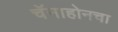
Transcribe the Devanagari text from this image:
चॅनाहोनचा